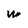
Character: W